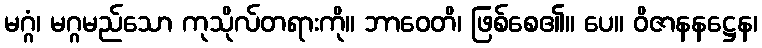
မဂ္ဂံ၊ မဂ္ဂမည်သော ကုသိုလ်တရားကို။ ဘာဝေတိ၊ ဖြစ်စေ၏။ ပေ။ ဝိဇာနနဋ္ဌေန၊